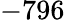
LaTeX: -796